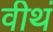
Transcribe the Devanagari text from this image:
वीथं